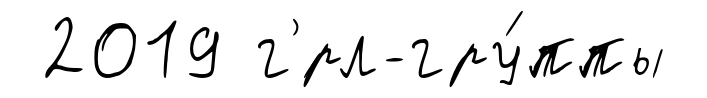
2019 г'́рл-гру́ппы